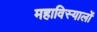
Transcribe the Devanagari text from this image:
महाविस्यालों